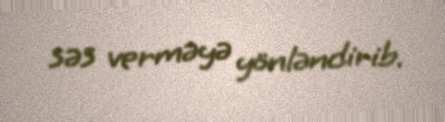
səs verməyə yönləndirib.